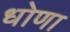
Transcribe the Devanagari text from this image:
धोणा